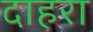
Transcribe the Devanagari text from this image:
दाहरा